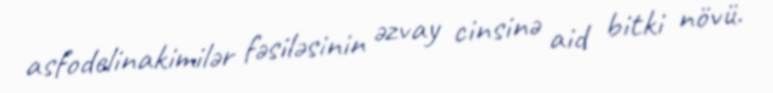
asfodelinakimilər fəsiləsinin əzvay cinsinə aid bitki növü.